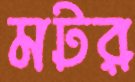
মটর